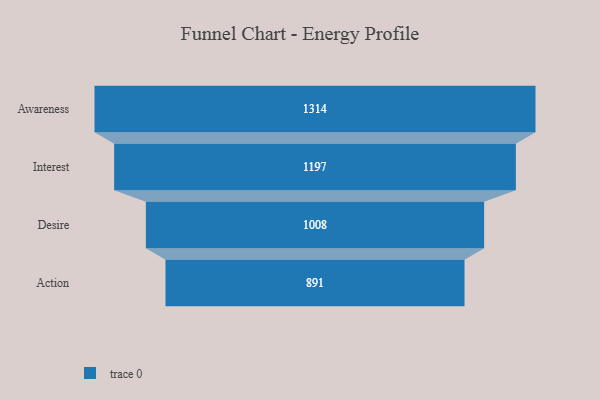
{"axis": {"x": "Stage", "y": "Value"}, "legend": [""], "data": [{"x": "Awareness", "y": 1314.0, "type": ""}, {"x": "Interest", "y": 1197.0, "type": ""}, {"x": "Desire", "y": 1008.0, "type": ""}, {"x": "Action", "y": 891.0, "type": ""}]}